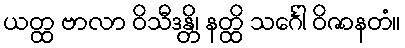
ယတ္ထ ဗာလာ ဝိသီဒန္တိ၊ နတ္ထိ သင်္ဂေါ ဝိဇာနတံ။